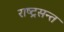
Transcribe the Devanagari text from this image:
राष्ट्रसन्त